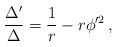
LaTeX: \begin{align*}\frac{\Delta'}{\Delta}=\frac{1}{r} - r \phi'^2 \, ,\end{align*}